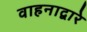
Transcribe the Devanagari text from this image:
वाहनाद्वारे